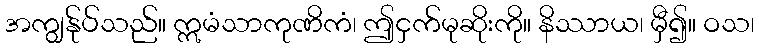
အကျွန်ုပ်သည်။ ဣမံသာကုဏိကံ၊ ဤငှက်မုဆိုးကို။ နိဿာယ၊ မှီ၍။ ဝသ၊